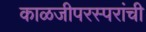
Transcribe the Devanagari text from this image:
काळजीपरस्परांची